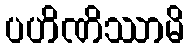
ပဟိဏိဿာမိ